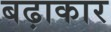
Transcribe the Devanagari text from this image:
बढ़ाकार